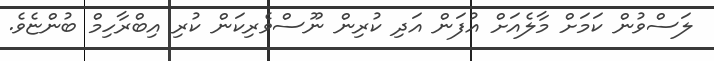
ލަސްވުން ކަމަށް މާލެއަށް އުފަން އަދި ކުރިން ނޫސްވެރިކަން ކުރި އިބްރާހިމް ބުންޏެވެ.